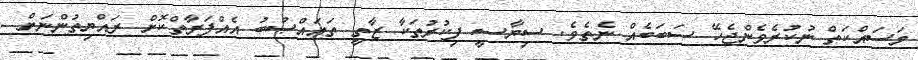
މަސައްކަތް ނުކުރެވެންޖެހޭ ސަބަބެއް ނެތެވެ. ސިޔާސީ ފިކުރުތަކާ ޒާތީ ތަޢައްޞުބު އެއްފަރާތްކޮށް ރައްޔިތުންނަށް